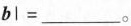
$$bl=___$$。